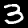
Digit: 3